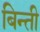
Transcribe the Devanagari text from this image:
बिन्ती